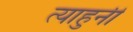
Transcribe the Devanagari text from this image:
त्याहुनी